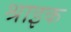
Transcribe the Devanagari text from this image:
श्राइक